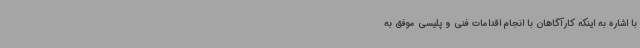
با اشاره به اینکه کارآگاهان با انجام اقدامات فنی و پلیسی موفق به